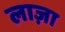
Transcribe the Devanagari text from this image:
लाज़ा